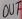
Text: OUT